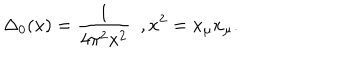
\Delta _ { 0 } ( x ) = \frac { 1 } { 4 \pi ^ { 2 } x ^ { 2 } } \, \, \, , x ^ { 2 } = x _ { \mu } x _ { \mu } .